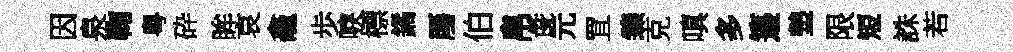
因泉鞠粤砕眸哀龕歩唳標鐍厜伯帛彘元罝臻克嗔多籩墊限短誅若